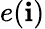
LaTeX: e(\mathbf{i})